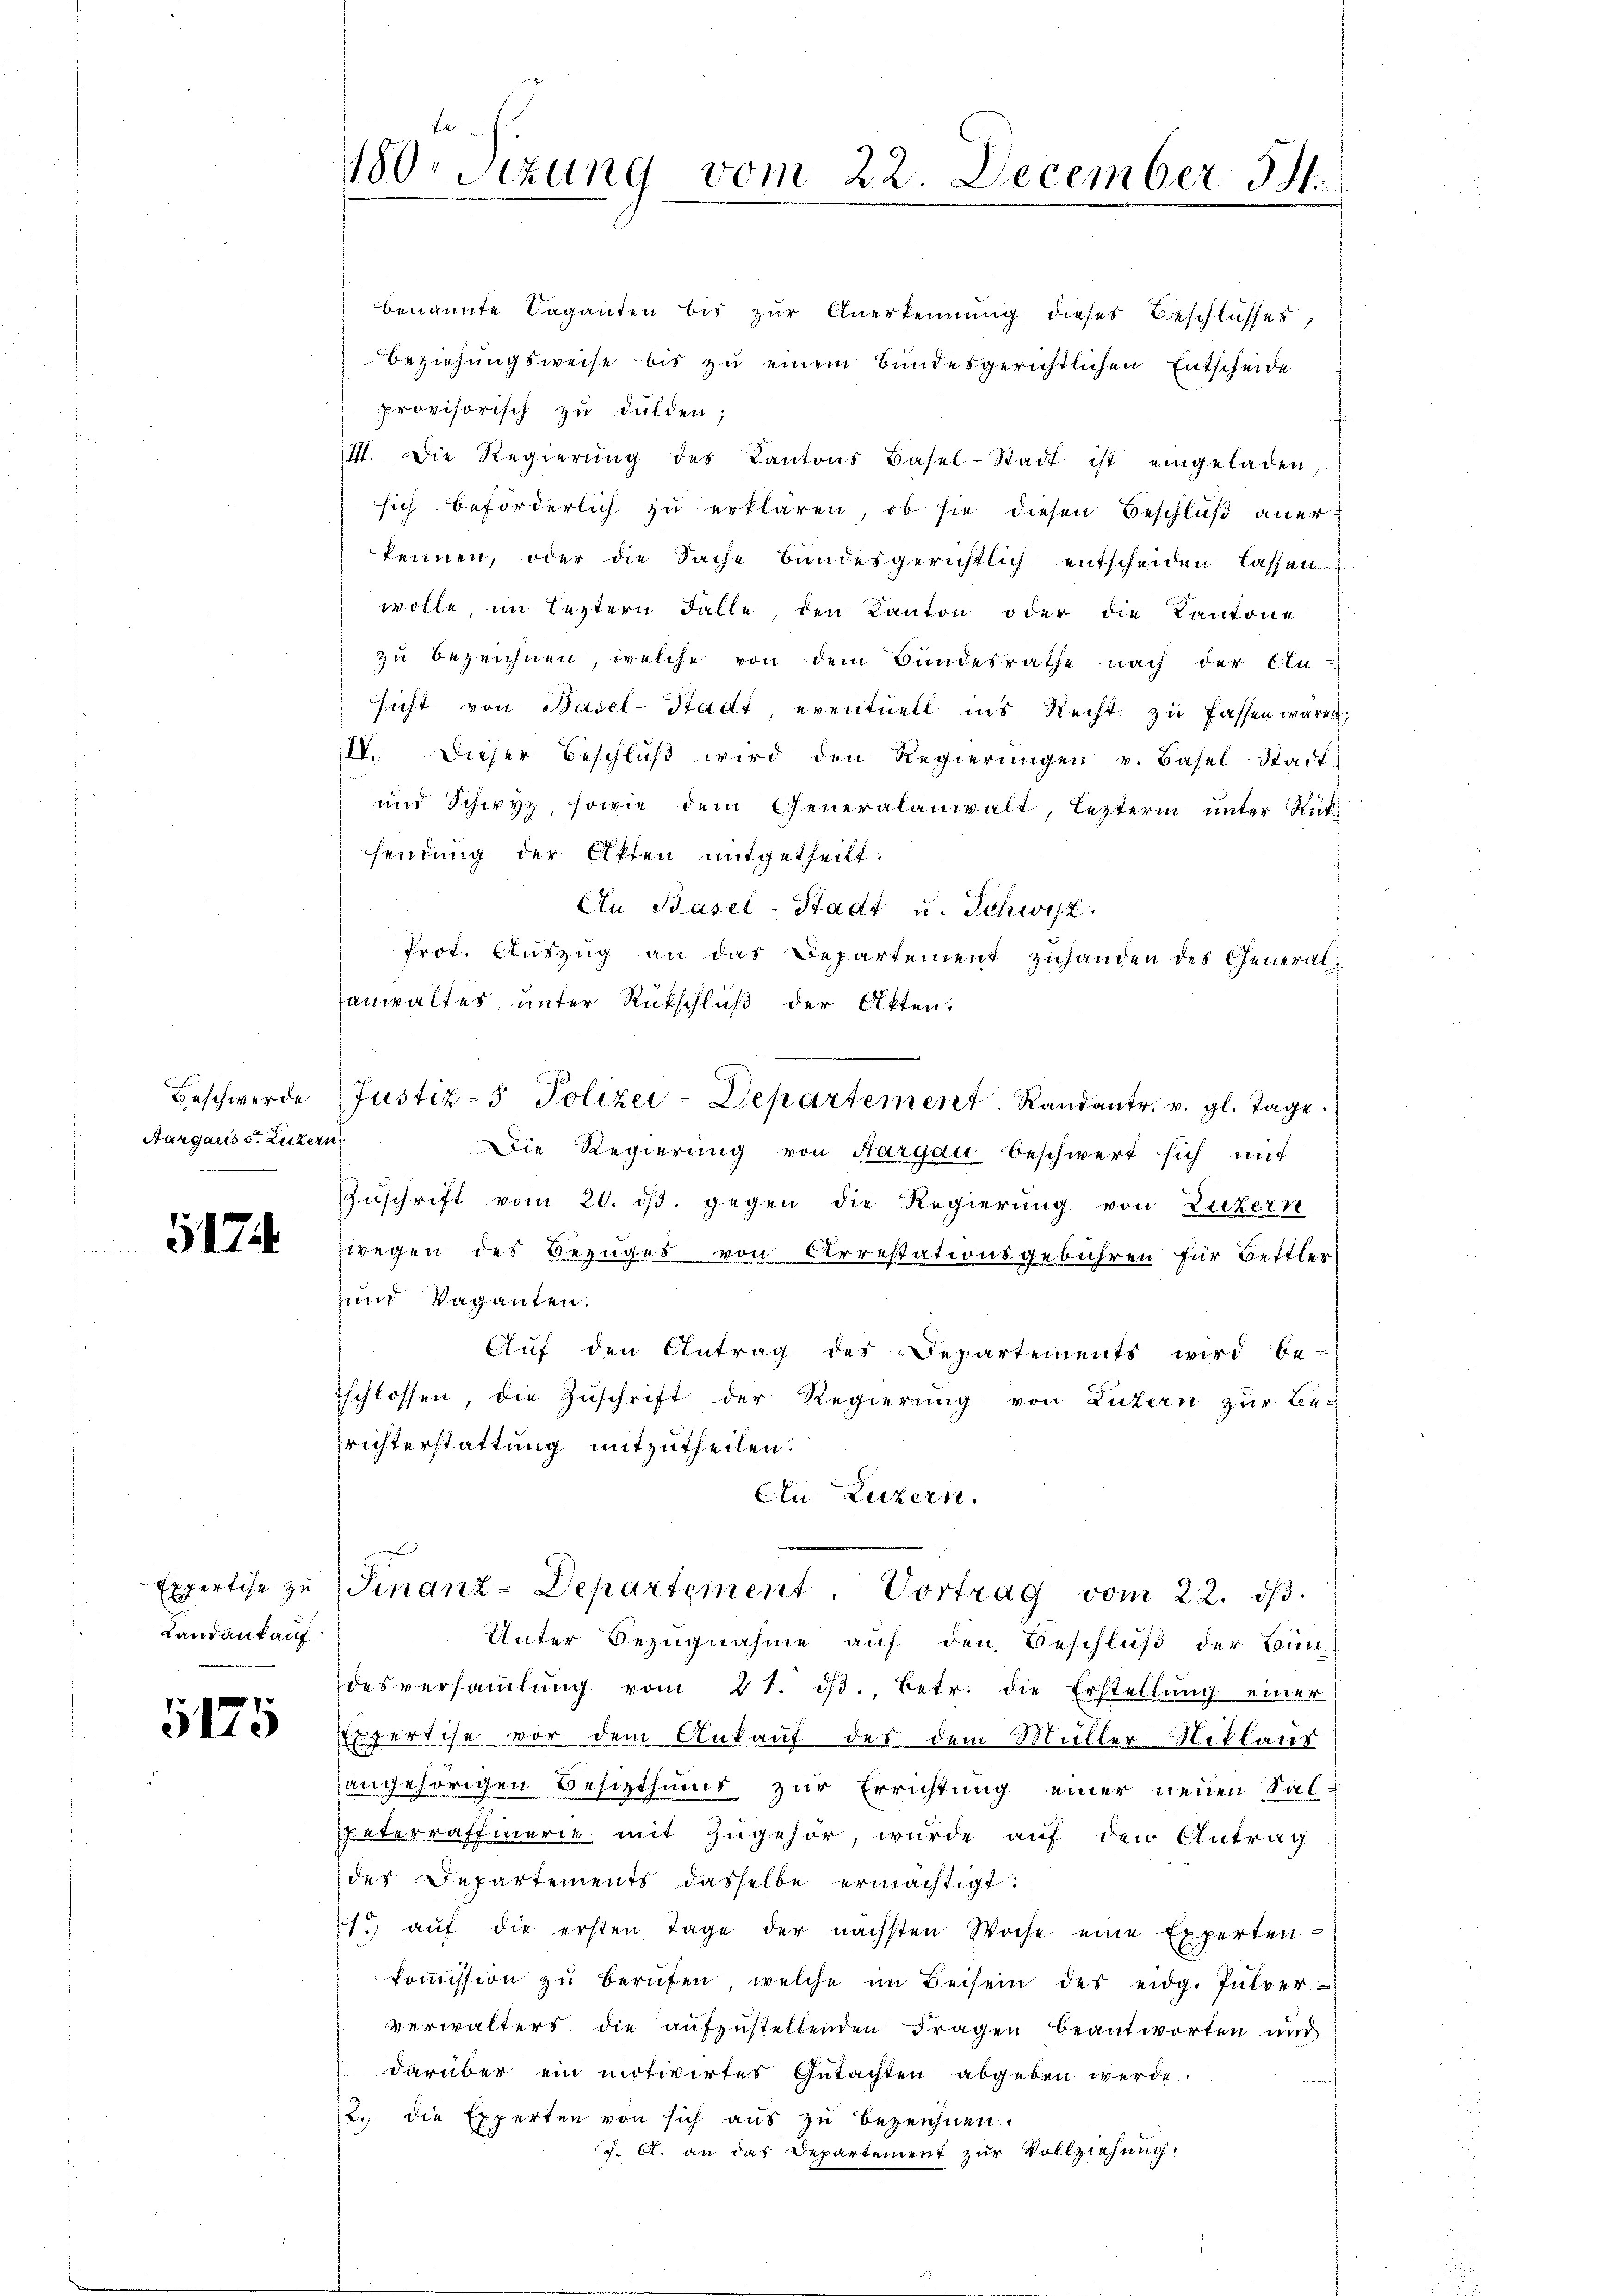
Aargaus s. Luzern

5174

benannte Saganten bis zŭr Anerkennung dieses Beschlusses,
Beziehungsweise bis zu einem Bundesgerichtlichen Entscheide
provisorisch zu dulden;
III. Die Regierŭng des Kantons Basel-Stadt ist eingeladen,
sich beförderlich zu erklären, ob sie diesen Beschluß anerkennen, oder die Sache bundesgerichtlich entscheiden lassen.
wolle, im leztern Fälle, den Kanton oder die Kantone
zu bezeichnen, welche von dem Bundesrathe nach der An-
sicht von Basel-Stadt, eventuell ins Recht zu fassen wären,
IIV. Dieser Beschlŭβ wird den Regierŭngen v. Basel-Stadt
und Schwyz, sowie dem Generalanwalt, leztern unter Rüksendung der Akten mitgetheilt.
An Basel-Stadt u. Schwyz.
Prot. Auszug an das Departement zuhanden des Generalsanwaltes, unter Rückschluß der Akten.
Beschwerde Justiz- Polizei-Departement. Randantr. v. gl. Tage
Die Regierung von Aargau beschwert sich mit
Zŭschrift vom 20. ds. gegen die Regierung von Luzern
wegen des Bezuges von Arrestationsgebühren für Bettler
und Vaganten.
Aŭf den Antrag des Departements wird be-
schlossen, die Zuschrift der Regierung von Luzern zur Be-
richterstattung mitzutheilen.
An Luzern.
Expertise zŭ Finanz-Departement. Vortrag vom 22. dβ.
Unter Bezugnahme auf den Beschluß der Bun
desversaṁlŭng vom 21. dβ. betr. die Erstellŭng einer
Expertise vor dem Ankauf des dem Müller Niklaus
hangehörigen Besitzthums zur Errichtung einer neuen Salspaterrathmerit mit Zugehör, wurde auf den Antrag
des Departements dasselbe ermächtigt:
1. aŭf die ersten Tage der nächsten Woche eine Experten
koṁission zŭ berŭfen, welche im Beisein des eidg. Pulver-
verwalters die aŭfzŭstellenden Fragen beantworten und
darüber ein motivirtes Gutachten abgeben werde.
2.) die Experten von sich aus zu bezeichnen.
J. A. an das Departement zur Vollziehung.

Landant auf:

5175

180. Sizung vom 22. December 31.